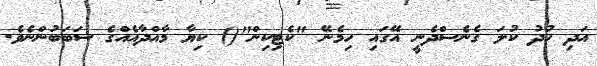
އަދި ހުދު ކުލަ ގެނެސްދެނީ އޭގައި ހިމެނޭ "ކެޓިކިން"() ކިޔާ މާއްދާއެއްގެ ސަބަބުންނެވެ.